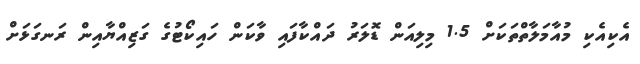
އެކިއެކި މުއާމަލާތްތަކަށް 1.5 މިލިއަން ޑޮލަރު ދައްކާފައި ވާކަން ހައިކޯޓުގެ ގަޒިއްޔާއިން ރަނގަޅަށް